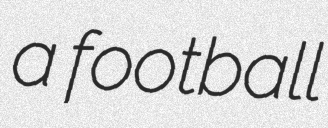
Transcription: a football